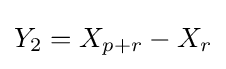
Y_{2}=X_{p+r}-X_{r}